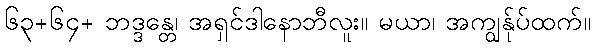
၆၃+၆၄+ ဘဒ္ဒန္တေ၊ အရှင်ဒါနောဘီလူး။ မယာ၊ အကျွန်ုပ်ထက်။